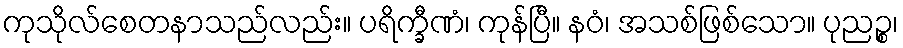
ကုသိုလ်စေတနာသည်လည်း။ ပရိက္ခီဏံ၊ ကုန်ပြီ။ နဝံ၊ အသစ်ဖြစ်သော။ ပုညဉ္စ၊